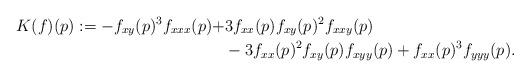
LaTeX: \begin{align*}K(f)(p):=-f_{xy}(p)^3f_{xxx}(p)+&3f_{xx}(p) f_{xy}(p)^2 f_{xxy}(p)\\&-3f_{xx}(p)^2 f_{xy}(p) f_{xyy}(p)+f_{xx}(p)^3f_{yyy}(p). \end{align*}